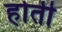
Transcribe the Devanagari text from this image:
होती